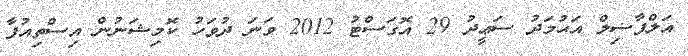
އަލްފާޟިލް އަޙުމަދު ސަޢީދު 29 އޮގަސްޓު 2012 ވަނަ ދުވަހު ކޮމިޝަނުން އިސްތިއުފާ